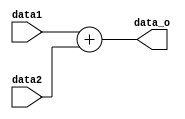
module Adder(
 	input [31:0] data1,//Number1
 	input [31:0] data2,//Number2
 	output [31:0] data_o//Result
);

assign data_o=data1+data2;//Function

endmodule